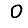
Digit: 0